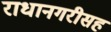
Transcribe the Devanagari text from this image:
राधानगरीसह